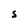
Character: S